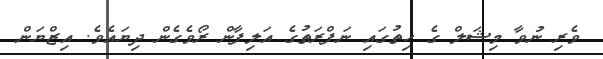
ވެރި ނުވާ މިޝަލް ގެ ހިތުގައި ނަފްރަތުގެ އަލިފާން ރޯވެގެން ދިޔައެވެ. އިޒްޔަން